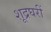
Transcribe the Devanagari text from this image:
शूद्रघरीं